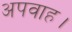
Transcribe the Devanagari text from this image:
अपवाह।